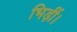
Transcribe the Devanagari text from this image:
भिड़ीं।